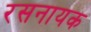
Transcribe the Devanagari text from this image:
रसनायक